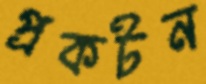
প্রকটন